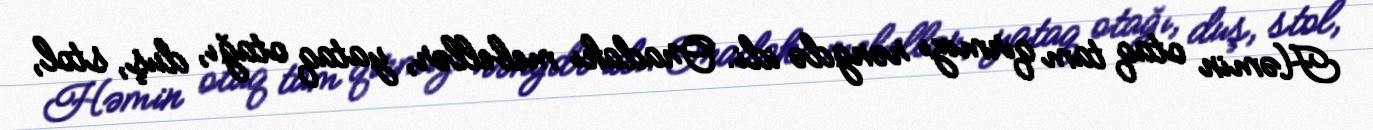
Həmin otaq tam qırmızı rəngdə idi. Oradakı mebellər, yataq otağı, duş, stol,